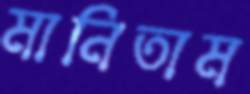
মানিতাম